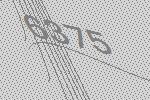
6375